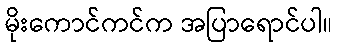
မိုးကောင်ကင်က အပြာရောင်ပါ။